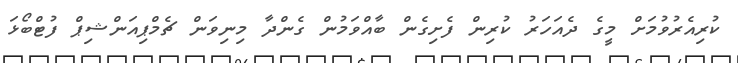
ކުރިއެރުވުމަށް މީގެ ދެއަހަރު ކުރިން ފެށިގެން ބާއްވަމުން ގެންދާ މިނިވަން ޗެމްޕިއަންޝިޕް ފުޓްބޯޅަ